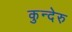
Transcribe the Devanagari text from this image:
कुन्देरु